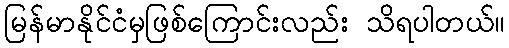
မြန်မာနိုင်ငံမှဖြစ်ကြောင်းလည်း သိရပါတယ်။